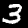
Label: 3